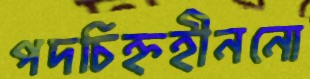
পদচিহ্নহীননো